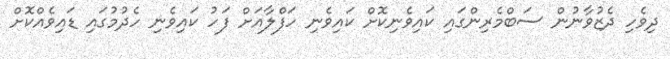
ދިވެހި ދެޒުވާނުން ސަބްމެރިންގައި ކައިވެނިކޮށް ކައިވެނި ހަފްލާއަށް ފަހު ކައިވެނި ހެދުމުގައި ޑައިވެއްކޮށް